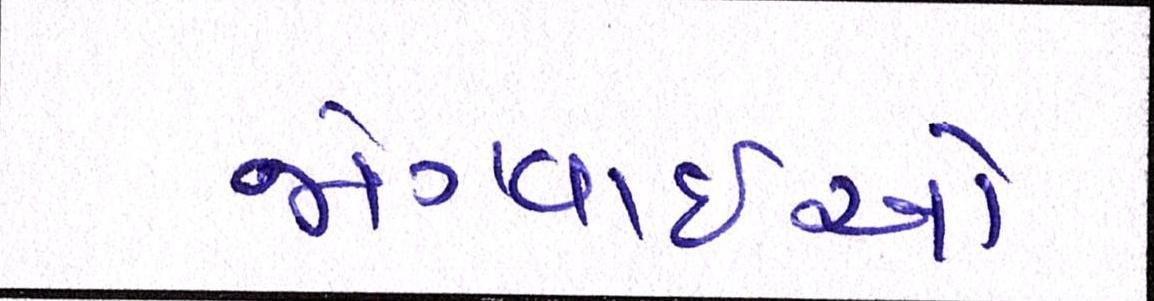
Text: જોગવાઇઓ